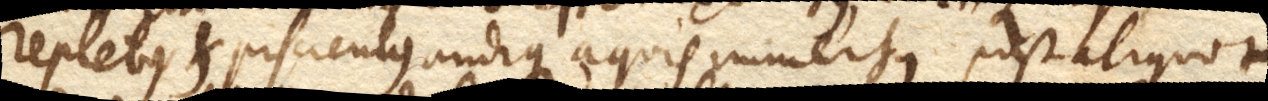
repletus et pisciculus undique aquis immersus post aliquot